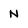
Character: N